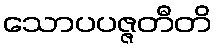
သောပပဇ္ဇတီတိ